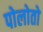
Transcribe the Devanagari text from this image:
पोलोतो